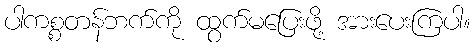
ပါကစ္စတန်ဘက်ကို ထွက်မပြေးဖို့ အားပေးကြပါ။